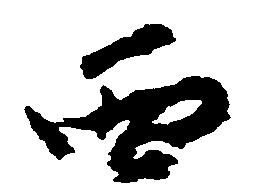
西